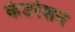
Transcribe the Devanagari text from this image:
कंडरेशन